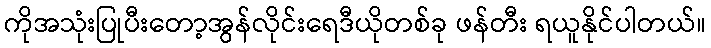
ကိုအသုံးပြုပီးတော့အွန်လိုင်းရေဒီယိုတစ်ခု ဖန်တီး ရယူနိုင်ပါတယ်။